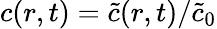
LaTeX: c(r,t)=\widetilde{c}(r,t)/\widetilde{c}_{0}